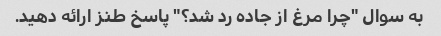
به سوال "چرا مرغ از جاده رد شد؟" پاسخ طنز ارائه دهید.